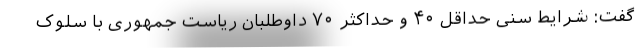
گفت: شرایط سنی حداقل ۴۰ و حداکثر ۷۰ داوطلبان ریاست جمهوری با سلوک